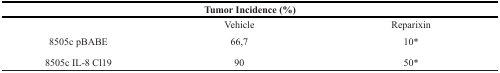
| <COLSPAN=3> Tumor Incidence (%) |
 | --- | --- | --- |
 |  | Vehicle | Reparixin |
 | 8505c pBABE | 66,7 | 10* |
 | 8505c IL-8 Cl19 | 90 | 50* |